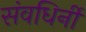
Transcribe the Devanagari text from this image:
संवधिर्नी